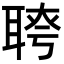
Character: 𦖔